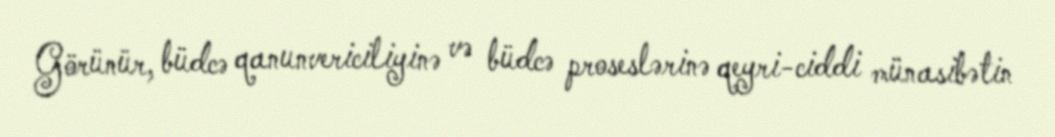
Görünür, büdcə qanunvericiliyinə və büdcə proseslərinə qeyri-ciddi münasibətin